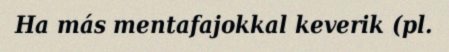
Ha más mentafajokkal keverik (pl.